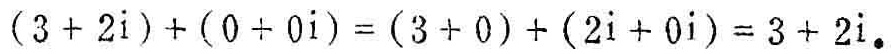
\((3 + 2i)+(0 + 0i)=(3 + 0)+(2i + 0i)=3 + 2i.\)